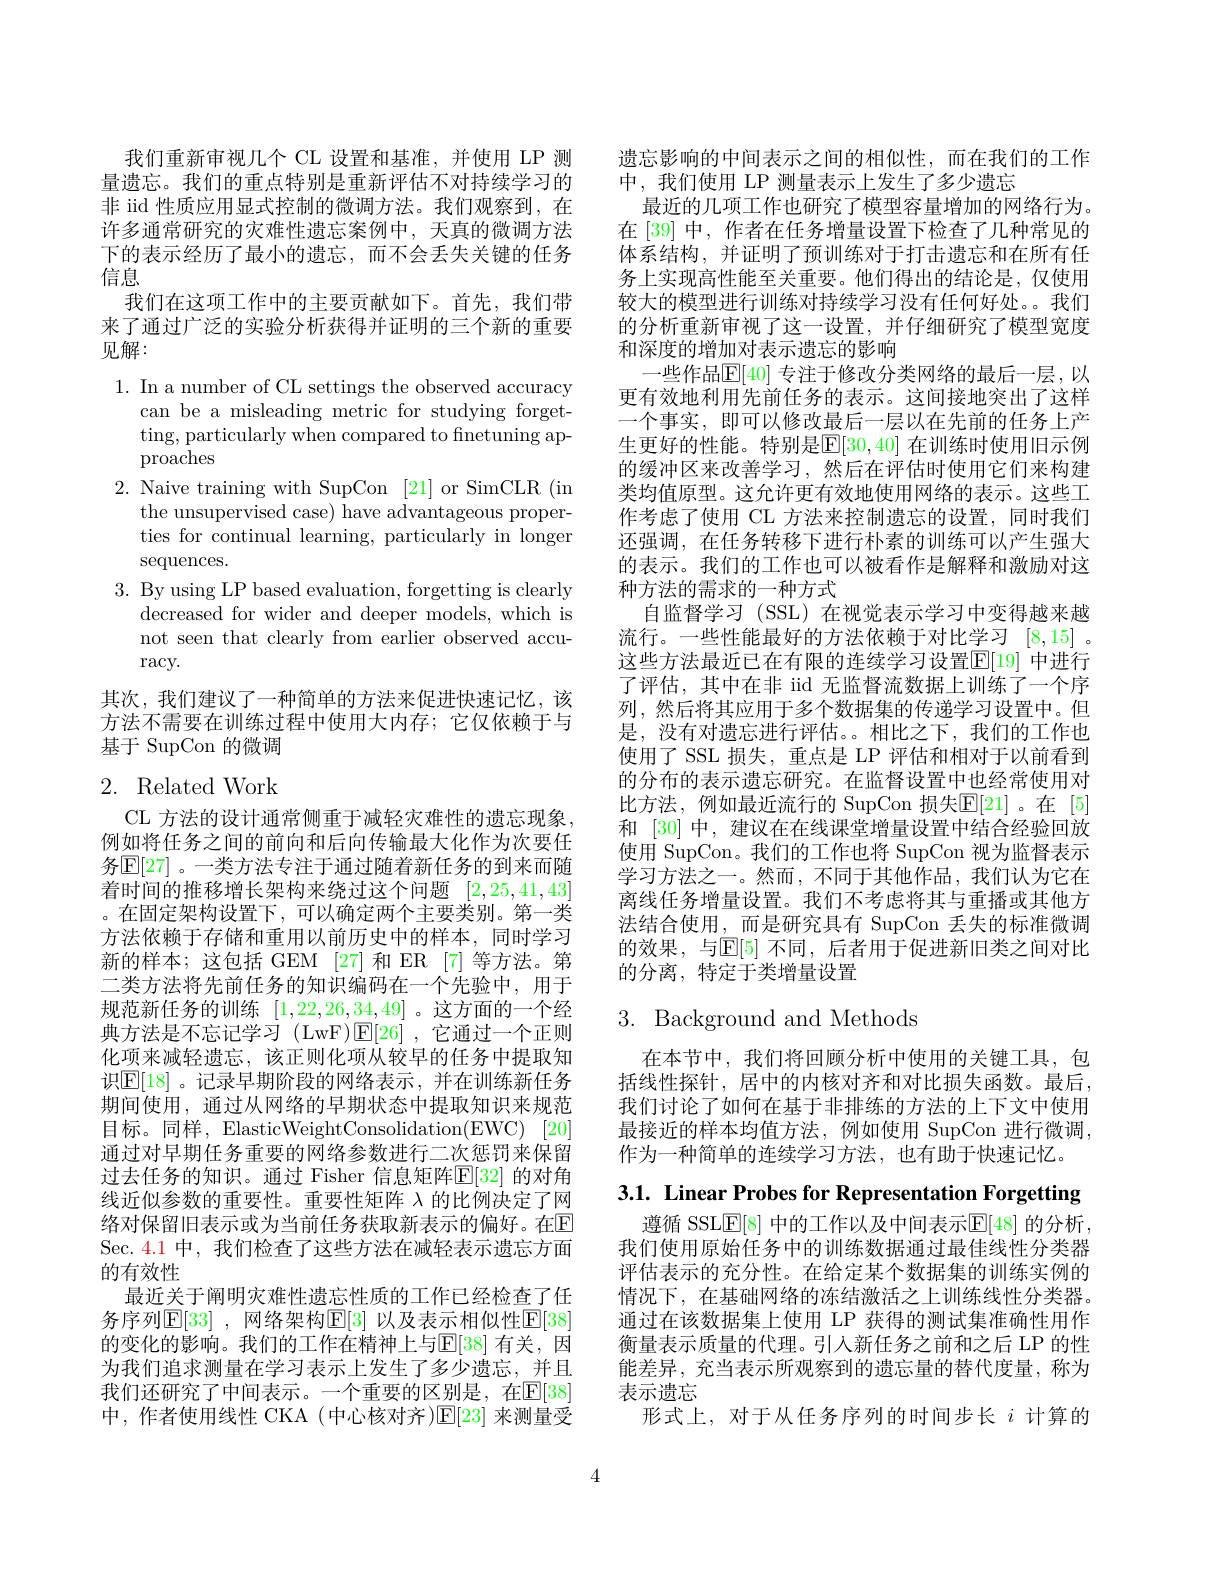
我们重新审视几个 CL 设置和基准，并使用 LP 测量遗忘。我们的重点特别是重新评估不对持续学习的非 iid 性质应用显式控制的微调方法。我们观察到，在许多通常研究的灾难性遗忘案例中，天真的微调方法下的表示经历了最小的遗忘，而不会丢失关键的任务信息
我们在这项工作中的主要贡献如下。首先，我们带来了通过广泛的实验分析获得并证明的三个新的重要见解：

1. In a number of CL settings the observed accuracy
can be a misleading metric for studying forgetting, particularly when compared to finetuning approaches
2. Naive training with SupCon [21] or SimCLR (in
the unsupervised case) have advantageous properties for continual learning, particularly in longer $\operatorname{sequences.}$
3. By using LP based evaluation, forgetting is clearly
decreased for wider and deeper models, which is not seen that clearly from earlier observed accu- $\operatorname{racy}.$

其次，我们建议了一种简单的方法来促进快速记忆，该方法不需要在训练过程中使用大内存；它仅依赖于与基于 SupCon 的微调

## 2. Related Work

CL 方法的设计通常侧重于减轻灾难性的遗忘现象， 例如将任务之间的前向和后向传输最大化作为次要任务$\mathbb{E}[27]$。一类方法专注于通过随着新任务的到来而随着时间的推移增长架构来绕过这个问题 [2,25,41,43] 。在固定架构设置下，可以确定两个主要类别。第一类方法依赖于存储和重用以前历史中的样本，同时学习新的样本；这包括 GEM [27] 和 ER [7] 等方法。第二类方法将先前任务的知识编码在一个先验中，用于规范新任务的训练[1,22,26,34,49] 。这方面的一个经典方法是不忘记学习(LwF)$\mathbb{E}[26]$ ,它通过一个正则化项来减轻遗忘，该正则化项从较早的任务中提取知识$\mathbb{E}[18]$。记录早期阶段的网络表示，并在训练新任务期间使用，通过从网络的早期状态中提取知识来规范目标。同样，ElasticWeightConsolidation(EWC) [20] 通过对早期任务重要的网络参数进行二次惩罚来保留过去任务的知识。通过 Fisher 信息矩阵$\mathbb{E}[32]$ 的对角线近似参数的重要性。重要性矩阵$\lambda$的比例决定了网络对保留旧表示或为当前任务获取新表示的偏好。在$\mathbb{E}$ Sec. 4.1 中，我们检查了这些方法在减轻表示遗忘方面的有效性
最近关于阐明灾难性遗忘性质的工作已经检查了任务序列$\mathbb{E}[33]$ ,网络架构$\mathbb{E}[3]$ 以及表示相似性$\mathbb{E}[38]$ 的变化的影响。我们的工作在精神上与E[38] 有关，因为我们追求测量在学习表示上发生了多少遗忘，并且我们还研究了中间表示。一个重要的区别是，在$\mathbb{E}[38]$ 中，作者使用线性 CKA (中心核对齐)E[23]来测量受

遗忘影响的中间表示之间的相似性，而在我们的工作
中，我们使用 LP 测量表示上发生了多少遗忘
最近的几项工作也研究了模型容量增加的网络行为。在 [39] 中，作者在任务增量设置下检查了几种常见的体系结构，并证明了预训练对于打击遗忘和在所有任务上实现高性能至关重要。他们得出的结论是，仅使用较大的模型进行训练对持续学习没有任何好处。。我们的分析重新审视了这一设置，并仔细研究了模型宽度和深度的增加对表示遗忘的影响
一些作品$\mathbb{E}[40]$ 专注于修改分类网络的最后一层，以更有效地利用先前任务的表示。这间接地突出了这样一个事实，即可以修改最后一层以在先前的任务上产生更好的性能。特别是$\mathbb{E}[30,40]$ 在训练时使用旧示例的缓冲区来改善学习，然后在评估时使用它们来构建类均值原型。这允许更有效地使用网络的表示。这些工作考虑了使用 CL 方法来控制遗忘的设置，同时我们还强调，在任务转移下进行朴素的训练可以产生强大的表示。我们的工作也可以被看作是解释和激励对这种方法的需求的一种方式
自监督学习 (SSL)在视觉表示学习中变得越来越流行。一些性能最好的方法依赖于对比学习[8,15] 。这些方法最近已在有限的连续学习设置$\mathbb{E}[19]$ 中进行了评估，其中在非 iid 无监督流数据上训练了一个序列，然后将其应用于多个数据集的传递学习设置中。但是，没有对遗忘进行评估。。相比之下，我们的工作也使用了 SSL 损失，重点是 LP 评估和相对于以前看到的分布的表示遗忘研究。在监督设置中也经常使用对比方法，例如最近流行的 SupCon 损失$\mathbb{E}[21]$。在 [5] 和[30]中，建议在在线课堂增量设置中结合经验回放使用 SupCon。我们的工作也将 SupCon 视为监督表示学习方法之一。然而，不同于其他作品，我们认为它在离线任务增量设置。我们不考虑将其与重播或其他方法结合使用，而是研究具有 SupCon 丢失的标准微调的效果，与$\mathbb{E}[5]$ 不同，后者用于促进新旧类之间对比的分离，特定于类增量设置

# 3. Background and Methods

在本节中，我们将回顾分析中使用的关键工具，包括线性探针，居中的内核对齐和对比损失函数。最后， 我们讨论了如何在基于非排练的方法的上下文中使用最接近的样本均值方法，例如使用 SupCon 进行微调， 作为一种简单的连续学习方法，也有助于快速记忆。

3.1. Linear Probes for Representation Forgetting

遵循 SSL$\underline{\mathrm{E}}[8]$ 中的工作以及中间表示$\underline{\mathrm{E}}[48]$ 的分析， 我们使用原始任务中的训练数据通过最佳线性分类器评估表示的充分性。在给定某个数据集的训练实例的情况下，在基础网络的冻结激活之上训练线性分类器。通过在该数据集上使用 LP 获得的测试集准确性用作衡量表示质量的代理。引入新任务之前和之后 LP 的性能差异，充当表示所观察到的遗忘量的替代度量，称为表示遗忘
形式上，对于从任务序列的时间步长$i$计算的

4